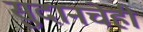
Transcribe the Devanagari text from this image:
सुदानचेही